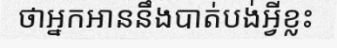
ថាអ្នកអាននឹងបាត់បង់អ្វីខ្លះ